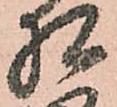
相